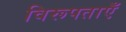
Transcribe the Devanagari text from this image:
विरूपताएँ